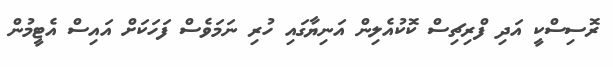
ރޮސިސްކީ އަދި ފްރިޗިސް ކޮކުއެލިން އަނިޔާގައި ހުރި ނަމަވެސް ފަހަކަށް އައިސް އެޓީމުން